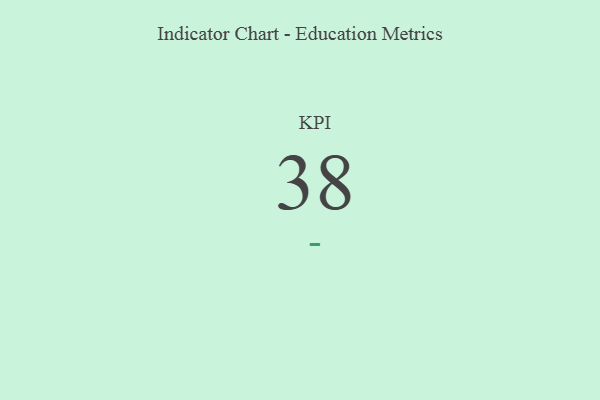
{"axis": {"x": "KPI", "y": "Value"}, "legend": [""], "data": [{"x": "KPI", "y": 38, "type": ""}]}